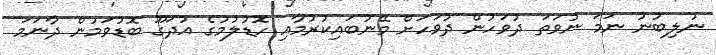
ނުލިބުނު ނަމަ ނުވަތަ ދުވަހުން ދުވަހަށް މޭނުބައިކުރުމާއި ހޮޑުލުމުގެ އުދަގޫ ބޮޑުވަމުން ދާނަމަ